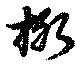
棷